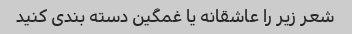
شعر زیر را عاشقانه یا غمگین دسته بندی کنید